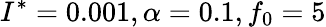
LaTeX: I^{*}=0.001,\alpha=0.1,f_{0}=5